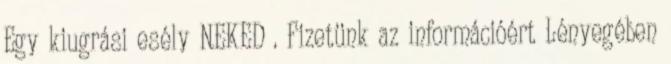
Egy kiugrási esély NEKED . Fizetünk az információért Lényegében